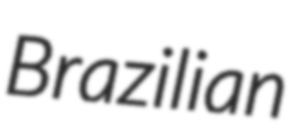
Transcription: Brazilian